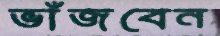
ভাঁজবেন